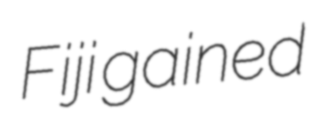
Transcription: Fiji gained